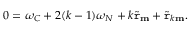
0 = \omega _ { C } + 2 ( k - 1 ) \omega _ { N } + k \widetilde { \mathtt { r } } _ { \mathbf { m } } + \widetilde { \mathtt { r } } _ { k \mathbf { m } } .